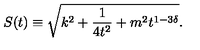
S ( t ) \equiv \sqrt { k ^ { 2 } + \frac { 1 } { 4 t ^ { 2 } } + m ^ { 2 } t ^ { 1 - 3 \delta } } .